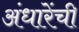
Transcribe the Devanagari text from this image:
अंधारेंची